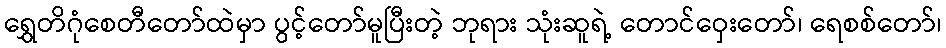
ရွှေတိဂုံစေတီတော်ထဲမှာ ပွင့်တော်မူပြီးတဲ့ ဘုရား သုံးဆူရဲ့ တောင်ဝှေးတော်၊ ရေစစ်တော်၊